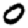
Digit: 0